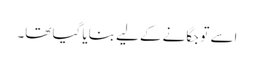
اسے تو جگانے کے لیے بنایا گیا تھا۔